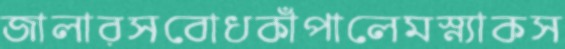
জালারসবোধকাঁপালেমস্ন্যাকস